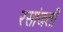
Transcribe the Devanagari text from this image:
रसांजली